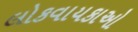
લોકવાયકાઓ